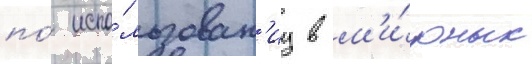
по́ испо́льзован'иу в м'и́рных